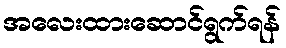
အလေးထားဆောင်ရွက်ရန်